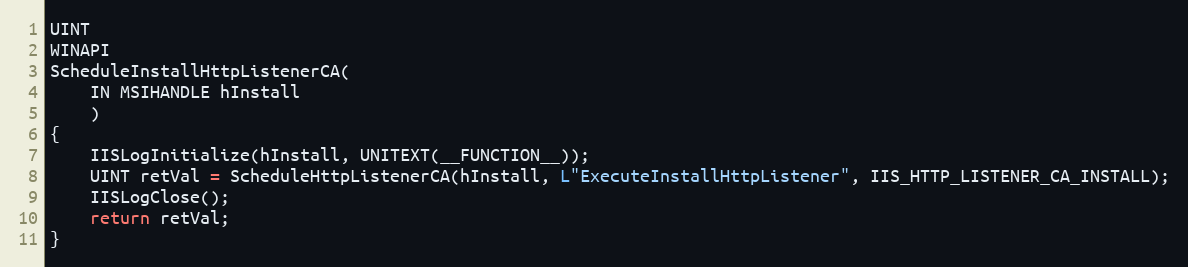
Language: C++
UINT
WINAPI
ScheduleInstallHttpListenerCA(
    IN MSIHANDLE hInstall
    )
{
    IISLogInitialize(hInstall, UNITEXT(__FUNCTION__));
    UINT retVal = ScheduleHttpListenerCA(hInstall, L"ExecuteInstallHttpListener", IIS_HTTP_LISTENER_CA_INSTALL);
    IISLogClose();
    return retVal;
}